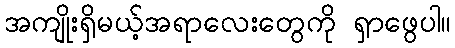
အကျိုးရှိမယ့်အရာလေးတွေကို ရှာဖွေပါ။